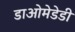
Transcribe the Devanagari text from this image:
डाओमेडेडी